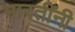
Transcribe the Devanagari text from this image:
भारतींनी